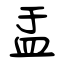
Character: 盂